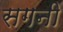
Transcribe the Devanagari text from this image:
सगनी